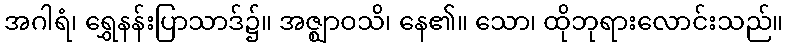
အဂါရံ၊ ရွှေနန်းပြာသာဒ်၌။ အဇ္ဈာဝသိ၊ နေ၏။ သော၊ ထိုဘုရားလောင်းသည်။